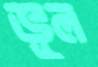
ভূল